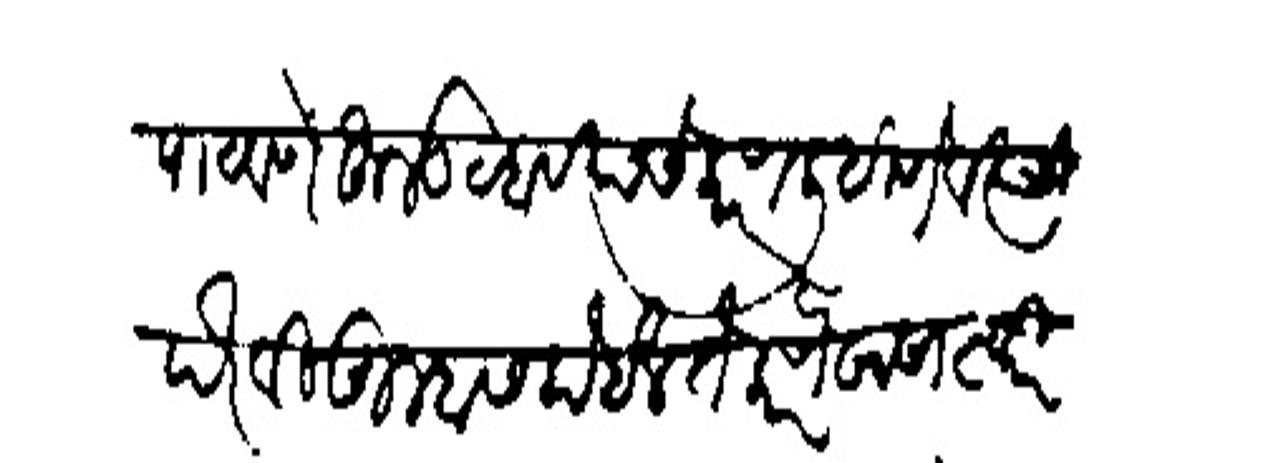
Transliteration (Devanagari): पाठवणें हुलड व्हावयाचे कारण लिहिणे व त्याची पेरखी तुम्हास होईल ते करणे खासा स्वारी